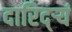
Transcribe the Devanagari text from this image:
दारिद्ऱ्यं